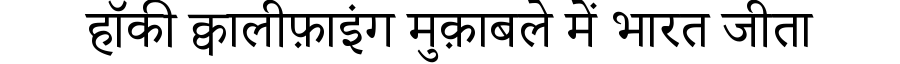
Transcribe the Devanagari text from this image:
हॉकी क्वालीफ़ाइंग मुक़ाबले में भारत जीता